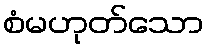
စံမဟုတ်သော